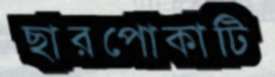
ছারপোকাটি